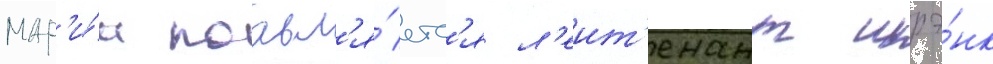
мар'и́и поавл'я́етс'я л'еит'енант шрэ́нк